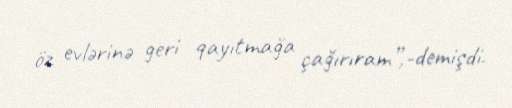
öz evlərinə geri qayıtmağa çağırıram”,-demişdi.